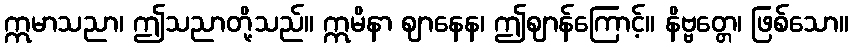
ဣမာသညာ၊ ဤသညာတို့သည်။ ဣမိနာ ဈာနေန၊ ဤဈာန်ကြောင့်။ နိဗ္ဗတ္တေ၊ ဖြစ်သော။